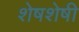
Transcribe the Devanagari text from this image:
शेषशेषी